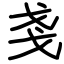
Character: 戔